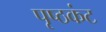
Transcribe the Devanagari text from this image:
पृष्ठकंट